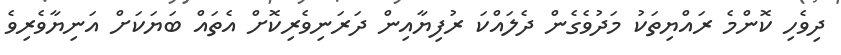
ދިވެހި ކޮންމެ ރައްޔިތަކު މަދުވެގެން ދެލައްކަ ރުފިޔާއިން ދަރަނިވެރިކޮށް އެތައް ބަޔަކަށް އަނިޔާވެރިވެ